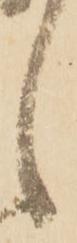
候